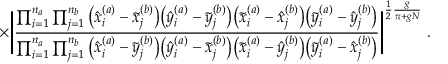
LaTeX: \times \Bigg | \frac { \prod _ { i = 1 } ^ { n _ { a } } \prod _ { j = 1 } ^ { n _ { b } } \big ( \hat { x } _ { i } ^ { ( a ) } - \tilde { x } _ { j } ^ { ( b ) } \big ) \big ( \hat { y } _ { i } ^ { ( a ) } - \tilde { y } _ { j } ^ { ( b ) } \big ) \big ( \tilde { x } _ { i } ^ { ( a ) } - \hat { x } _ { j } ^ { ( b ) } \big ) \big ( \tilde { y } _ { i } ^ { ( a ) } - \hat { y } _ { j } ^ { ( b ) } \big ) } { \prod _ { i = 1 } ^ { n _ { a } } \prod _ { j = 1 } ^ { n _ { b } } \big ( \hat { x } _ { i } ^ { ( a ) } - \tilde { y } _ { j } ^ { ( b ) } \big ) \big ( \hat { y } _ { i } ^ { ( a ) } - \tilde { x } _ { j } ^ { ( b ) } \big ) \big ( \tilde { x } _ { i } ^ { ( a ) } - \hat { y } _ { j } ^ { ( b ) } \big ) \big ( \tilde { y } _ { i } ^ { ( a ) } - \hat { x } _ { j } ^ { ( b ) } \big ) } \Bigg | ^ { \frac { 1 } { 2 } \frac { g } { \pi + g N } } \; .